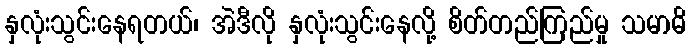
နှလုံးသွင်းနေရတယ်၊ အဲဒီလို နှလုံးသွင်းနေလို့ စိတ်တည်ကြည်မှု သမာဓိ